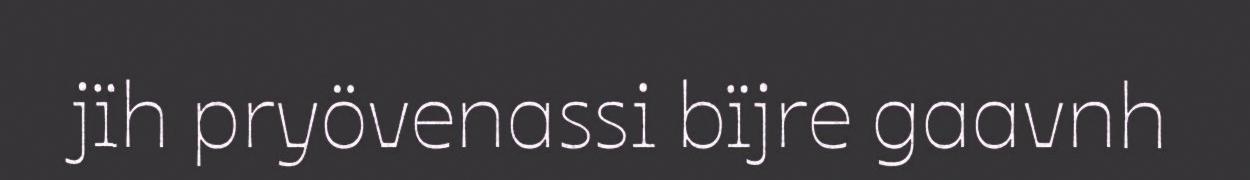
jïh pryövenassi bïjre gaavnh